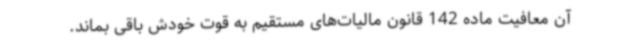
آن معافیت ماده 142 قانون مالیات‌های مستقیم به قوت خودش باقی بماند.